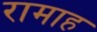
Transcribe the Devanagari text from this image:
रामाह